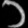
Digit: ၁